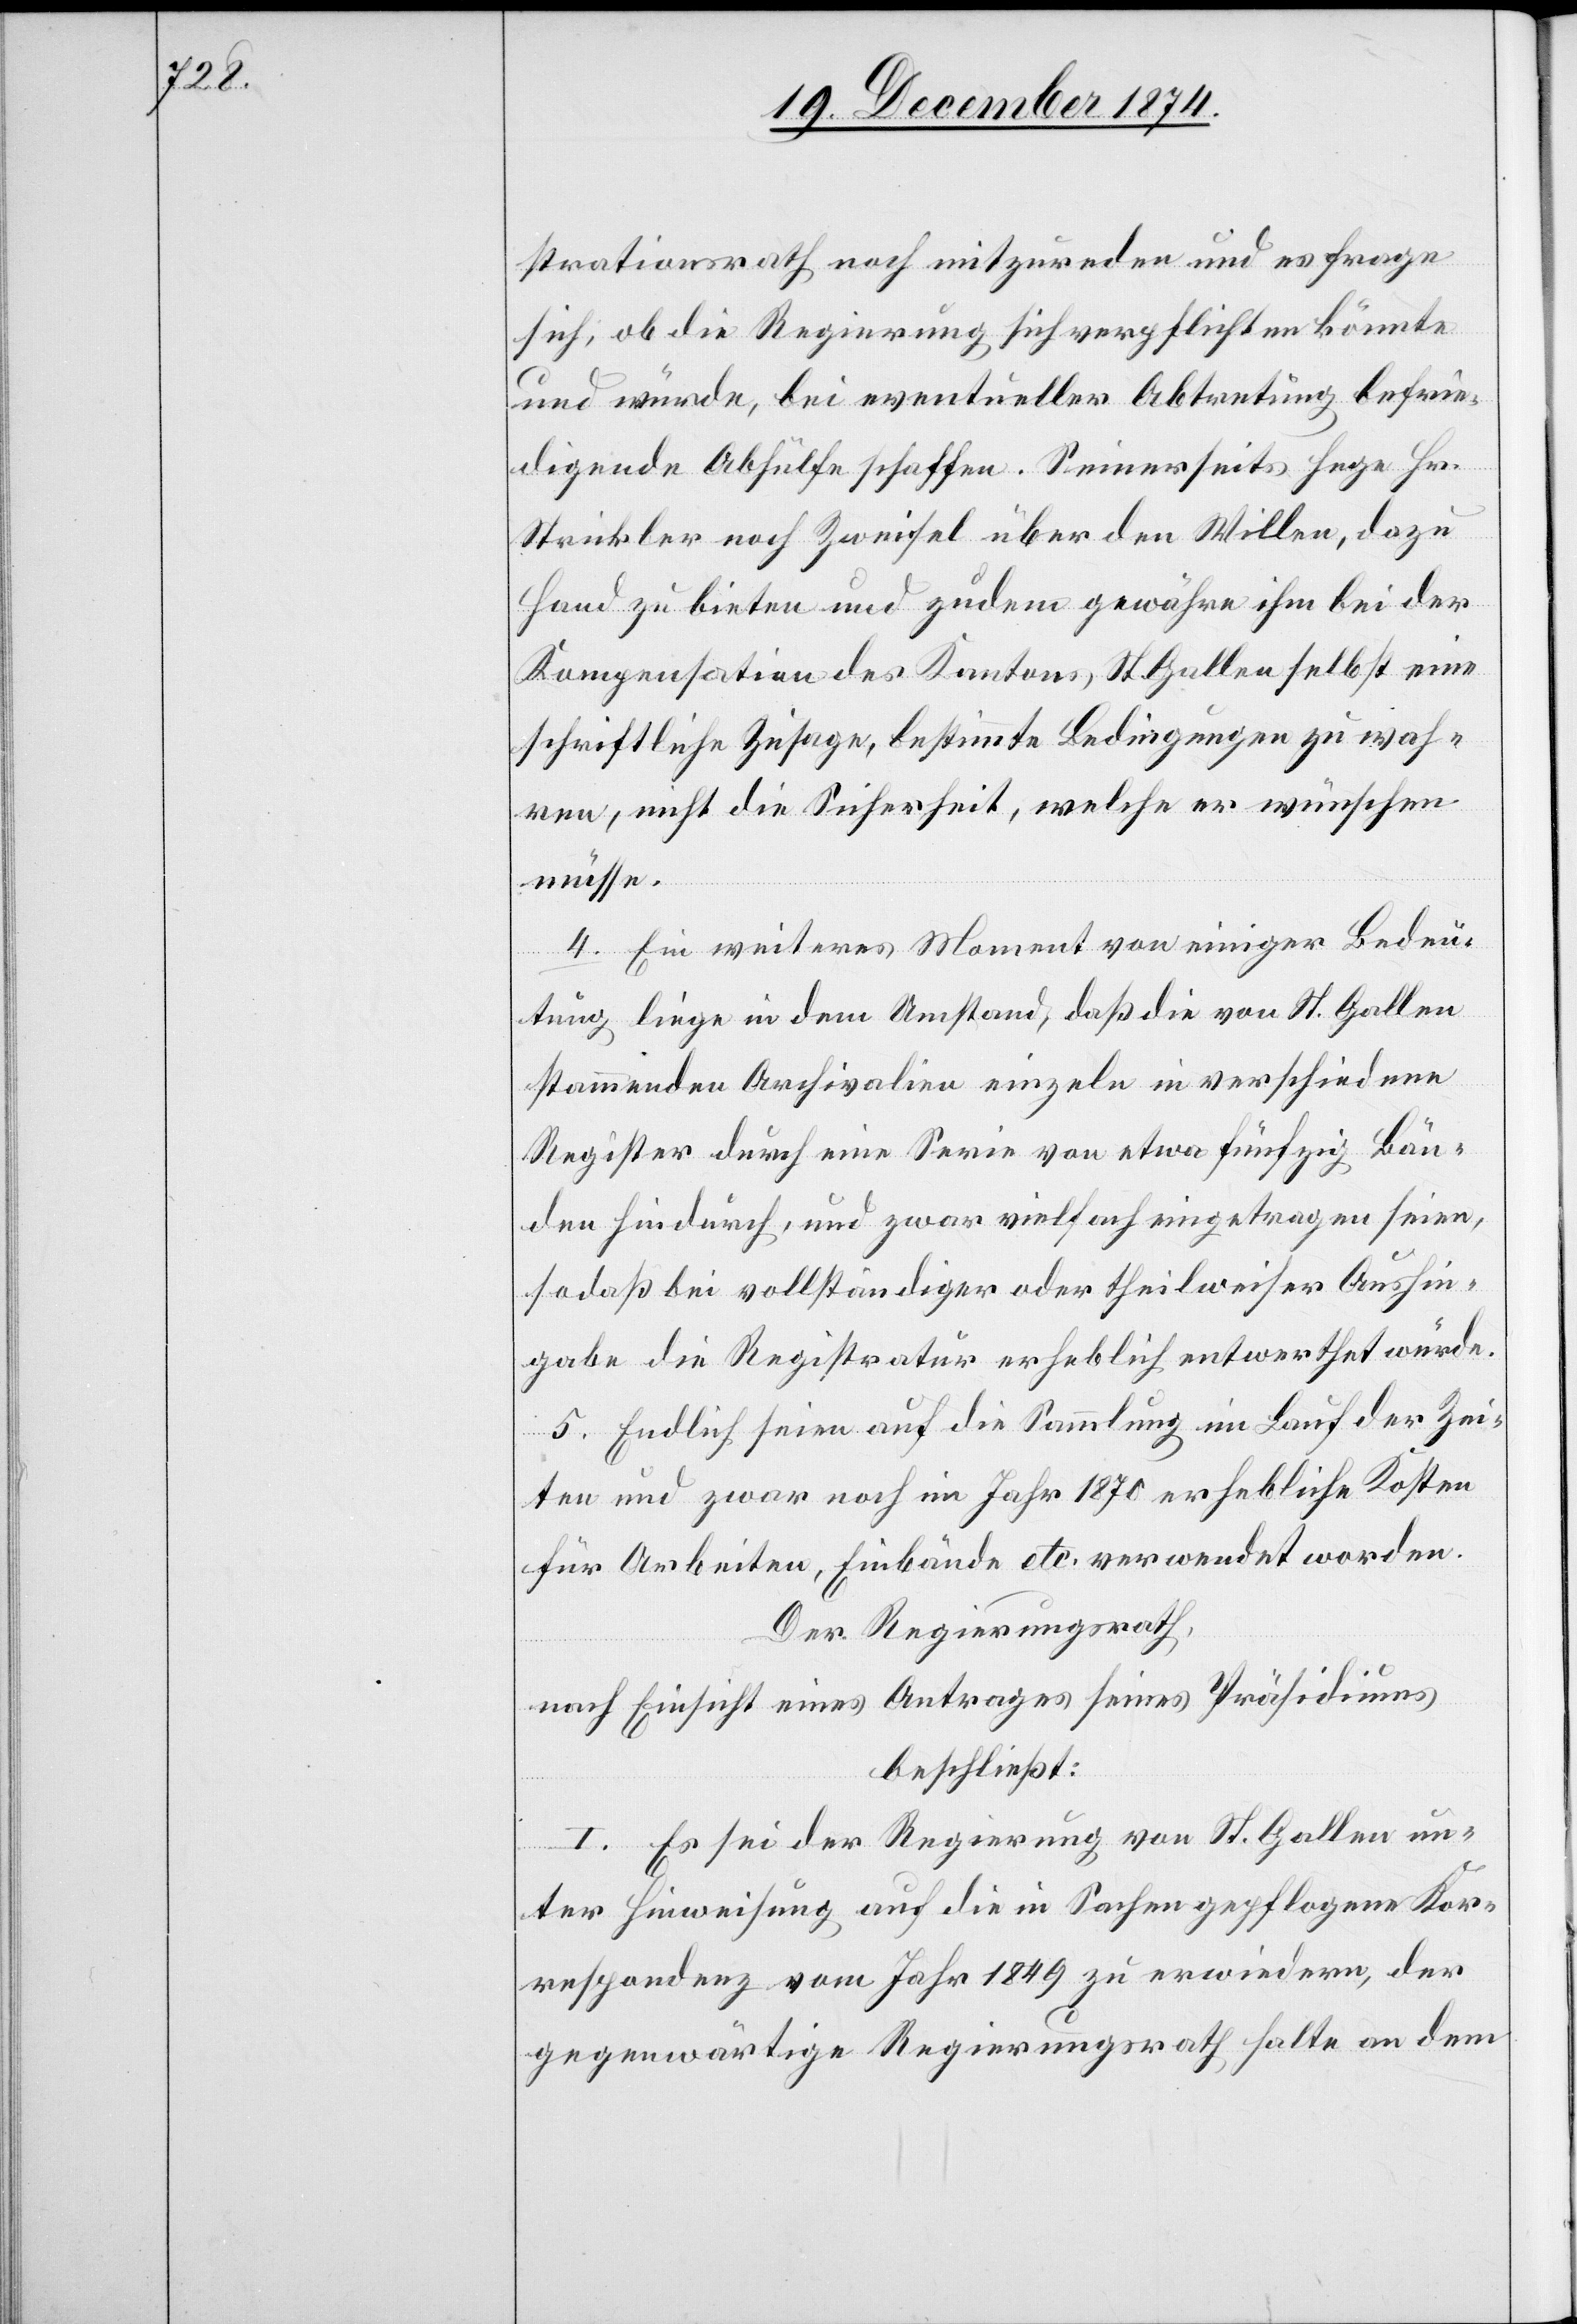
strationsrath noch mitzureden und es frage
sich, ob die Regierung sich verpflichten könnte
und würde, bei eventueller Abtretung befrie¬
digende Abhülfe schaffen. Seinerseits hege Hr.
Strickler noch Zweifel über den Willen, dazu
Hand zu bieten und zudem gewähre ihm bei der
Kompensation des Kantons St. Gallen selbst eine
schriftliche Zusage, bestimmte Bedingungen zu wah¬
ren, nicht die Sicherheit, welche er wünschen
müsse.
4. Ein weiteres Moment von einiger Bedeu¬
tung liege in dem Umstand, daß die von St. Gallen
stammenden Archivalien einzeln in verschiedenen
Register durch eine Serie von etwa fünfzig Bän¬
den hindurch, und zwar vielfach eingetragen seien,
so daß bei vollständiger oder theilweiser Aushin¬
gabe die Registratur erheblich entwerthet würde.
5. Endlich seien auf die Sammlung im Lauf der Zei¬
ten und zwar noch im Jahr 1870 erhebliche Kosten
für Arbeiten, Einbände etc. verwendet worden.
Der Regierungsrath,
nach Einsicht eines Antrages seines Präsidiums,
beschließt:
I. Es sei der Regierung von St. Gallen un¬
ter Hinweisung auf die in Sachen gepflogene Kor¬
respondenz vom Jahr 1849 zu erwiedern, der
gegenwärtige Regierungsrath halte an dem